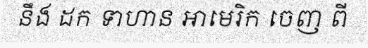
នឹង ដក ទាហាន អាមេរិក ចេញ ពី